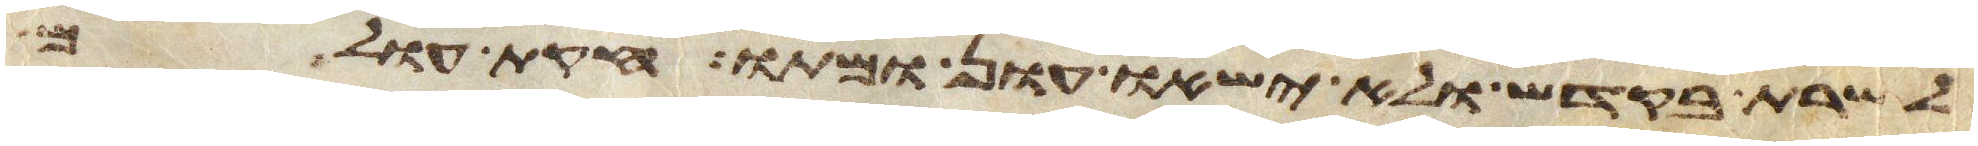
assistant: לשרת בקדש ולא ישאו עון ומתו חקות עולם